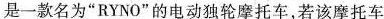
是一款名为”RYNO”的电动独轮摩托车，若该摩托车